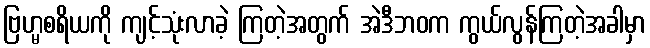
ဗြဟ္မစရိယကို ကျင့်သုံးလာခဲ့ ကြတဲ့အတွက် အဲဒီဘဝက ကွယ်လွန်ကြတဲ့အခါမှာ